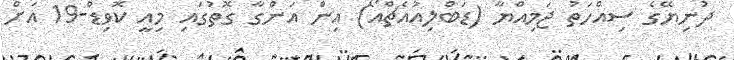
ދުނިޔޭގެ ސިއްހަތު ޖަމިއްޔާ (ޑަބްލިއުއެޗްއޯ) އިން އަންގާ ގޮތުގައި މިއީ ކޮވިޑް-19 އަށް